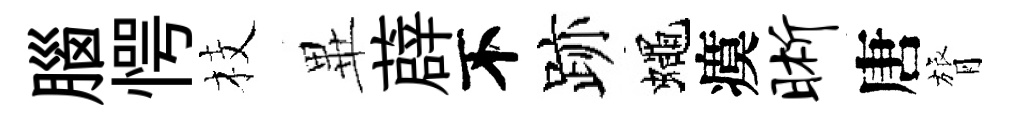
腦愕枝𭺾薜不跡蠅瘼晰唐膂